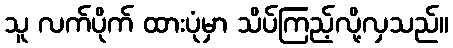
သူ လက်ပိုက် ထားပုံမှာ သိပ်ကြည့်လို့လှသည်။